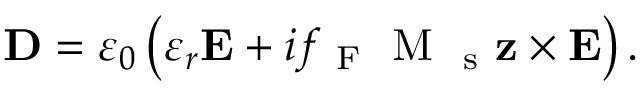
\mathbf { D } = \varepsilon _ { 0 } \left( \varepsilon _ { r } \mathbf { E } + i f _ { \mathrm { ~ F ~ } } \mathrm { ~ M ~ } _ { \mathrm { ~ s ~ } } \mathbf { z } \times \mathbf { E } \right) .